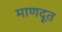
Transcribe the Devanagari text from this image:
माणदूत